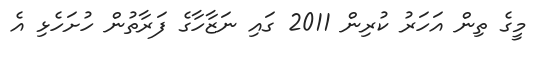
މީގެ ތިން އަހަރު ކުރިން 2011 ގައި ނަޒާހާގެ ފަރާތުން ހުށަހެޅި އެ